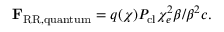
\mathbf { F } _ { \mathrm { R R , q u a n t u m } } = q ( \chi ) P _ { \mathrm { c l } } \chi _ { e } ^ { 2 } \boldsymbol { \beta } / \boldsymbol { \beta } ^ { 2 } c .